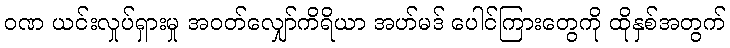
ဝဏ ယင်းလှုပ်ရှားမှု အဝတ်လျှော်ကိရိယာ အဟ်မဒ် ပေါင်ကြားတွေကို ထိုနှစ်အတွက်